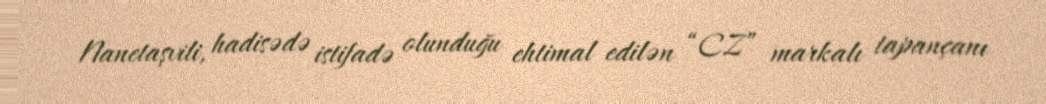
Nanetaşvili, hadisədə istifadə olunduğu ehtimal edilən “CZ” markalı tapançanı